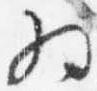
為